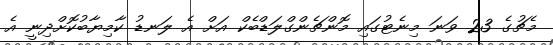
މެޗުގެ 23 ވަނަ މިނެޓުގައި މޮންޗެންގްލަޑްބެކް އަށް އެ ލަނޑު ކާމިޔާބުކޮށްދިނީ އެ